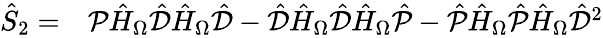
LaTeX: \begin{array}{rl}{\hat{S}_{2}=}&{{}\mathcal{P}\hat{H}_{\Omega}\hat{\mathcal{D}}\hat{H}_{\Omega}\hat{\mathcal{D}}-\hat{\mathcal{D}}\hat{H}_{\Omega}\hat{\mathcal{D}}\hat{H}_{\Omega}\hat{\mathcal{P}}-\hat{\mathcal{P}}\hat{H}_{\Omega}\hat{\mathcal{P}}\hat{H}_{\Omega}\hat{\mathcal{D}}^{2}}\end{array}